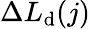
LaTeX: \Delta L_{\mathrm{d}}(j)